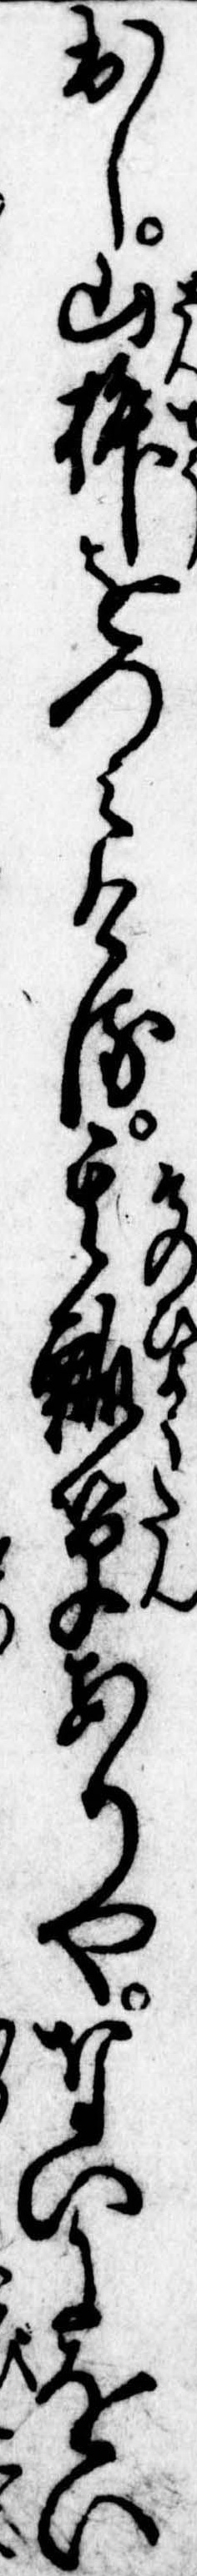
出し山椒をつみける其瓢箪ありやないにをい